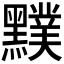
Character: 𪒢